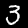
Label: 3